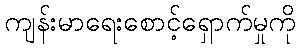
ကျန်းမာရေးစောင့်ရှောက်မှုကို